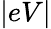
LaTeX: |eV|